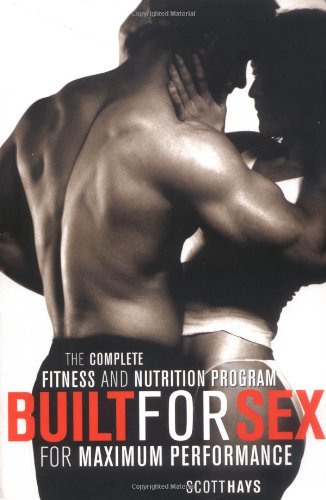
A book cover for Built for Sex: The Complete Fitness and Nutrition Program for Maximum Performance; Scott Hays; Health, Fitness & Dieting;